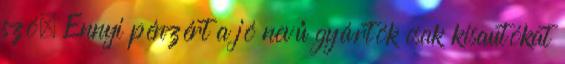
szó. Ennyi pénzért a jó nevű gyártók csak kisautókat